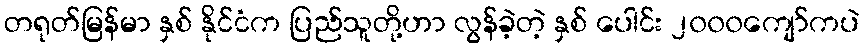
တရုတ်မြန်မာ နှစ် နိုင်ငံက ပြည်သူတို့ဟာ လွန်ခဲ့တဲ့ နှစ် ပေါင်း ၂၀၀၀ကျော်ကပဲ